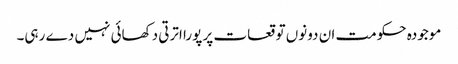
موجودہ حکومت ان دونوں توقعات پر پورا اترتی دکھائی نہیں دے رہی۔